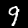
Label: 9